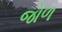
જોળ